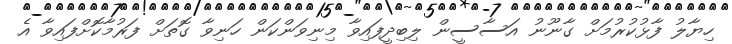
ހިޔާލު ފާޅުކުރުމަށް ގާނޫނު އަސާސީން ލިބިދީފައިވާ މިނިވަންކަން ހަނިވާ ގޮތަށް ފަރުމާކޮށްފައިވާ އެ